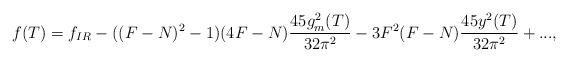
\begin{align*} f(T) = f_{IR} - ((F-N)^{2} -1)(4F-N)\frac{45g_{m}^{2}(T)}{32 \pi^2} -3F^{2}(F-N) \frac{45y^{2}(T)}{32 \pi^2} +...,\end{align*}